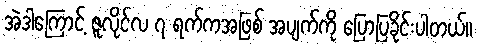
အဲဒါကြောင့် ဇူလိုင်လ ၇ ရက်ကအဖြစ် အပျက်ကို ပြောပြခိုင်းပါတယ်။